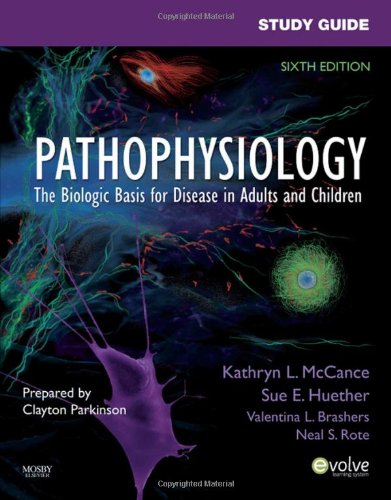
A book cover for Study Guide for Pathophysiology: The Biological Basis for Disease in Adults and Children, 6e; Kathryn L. McCance RN  PhD; Medical Books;